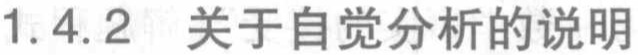
1.4.2 关于自觉分析的说明